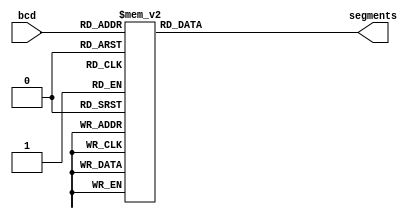
// Verilog HDL for "COMP12111_lib", "sevensegmentdecoder" "functional"
// Created P W Nutter, 20/3/19
//
// Add your comments here ...


module sevensegmentdecoder (input [3:0] bcd,
			    output reg 	[7:0] segments);

// create an always block to represent the desired behaviour of the
// combinatorial design
// -----------------------------------------------------------------
always @ (bcd)
  case (bcd)
    4'b0000: segments = 8'b00111111;//0
    4'b0001: segments = 8'b00000110;//1
    4'b0010: segments = 8'b01011011;//2
    4'b0011: segments = 8'b01001111;//3

    4'b0100: segments = 8'b01100110;//4
    4'b0101: segments = 8'b01101101;//5
    4'b0110: segments = 8'b01111101;//6
    4'b0111: segments = 8'b00000111;//7

    4'b1000: segments = 8'b01111111;//8
    4'b1001: segments = 8'b01101111;//9
    4'b1010: segments = 8'b01110111;//A
    4'b1011: segments = 8'b01111100;//B

    4'b1100: segments = 8'b00111001;//C
    4'b1101: segments = 8'b01011110;//D
    4'b1110: segments = 8'b01111001;//E
    4'b1111: segments = 8'b01110001;//F
  endcase

endmodule  // end of module sevensegmentdecoder